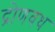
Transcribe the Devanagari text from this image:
द्रोणवध